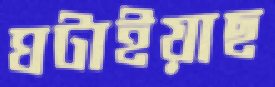
ঘটাইয়াছ